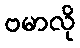
ဗမာလို